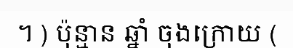
។ ) ប៉ុន្មាន ឆ្នាំ ចុងក្រោយ (